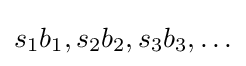
s_{1}b_{1},s_{2}b_{2},s_{3}b_{3},\ldots